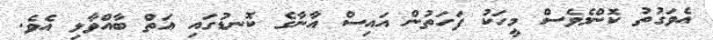
އެވަގުތު ކޮންމެވެސް މީހަކު ފަހަތުން އައިސް އާނާގެ ކޮނޑުގައި އަތް ބާއްވާލި އެވެ.